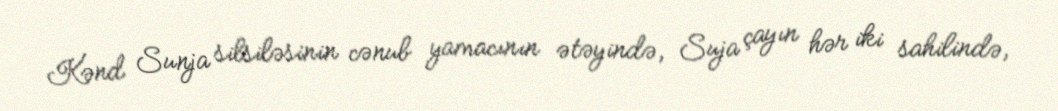
Kənd Sunja silsiləsinin cənub yamacının ətəyində, Suja çayın hər iki sahilində,